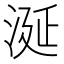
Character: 涎